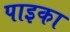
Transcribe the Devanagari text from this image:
पाइका